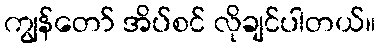
ကျွန်တော် အိပ်စင် လိုချင်ပါတယ်။